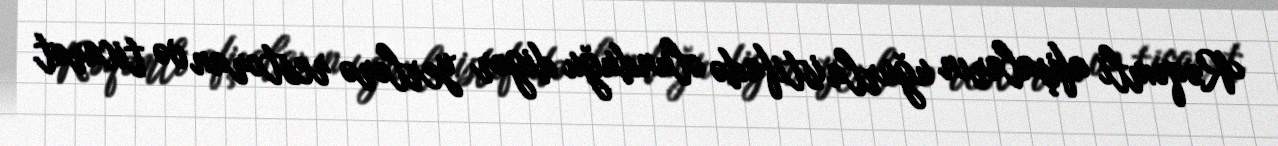
Rəqəmli afişaların uğurla istifadə olunduğu digər yerlərə restoran və ticarət